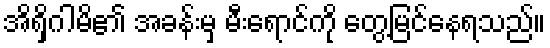
အိရှိဂါမိ၏ အခန်းမှ မီးရောင်ကို တွေ့မြင်နေရသည်။